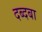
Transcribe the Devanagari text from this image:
दब्दबा